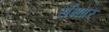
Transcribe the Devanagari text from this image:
सँभारि